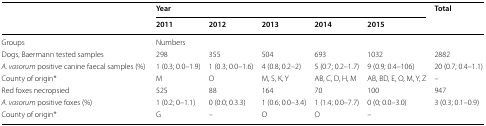
<table><thead><tr><td rowspan="2"></td><td colspan="5"><b>Year</b></td><td rowspan="2"><b>Total</b></td></tr><tr><td><b>2011</b></td><td><b>2012</b></td><td><b>2013</b></td><td><b>2014</b></td><td><b>2015</b></td></tr></thead><tbody><tr><td>Groups</td><td colspan="6">Numbers</td></tr><tr><td>Dogs, Baermann tested samples</td><td>298</td><td>355</td><td>504</td><td>693</td><td>1032</td><td>2882</td></tr><tr><td><i>A. vasorum</i> positive canine faecal samples (%)</td><td>1 (0.3; 0.0–1.9)</td><td>1 (0.3; 0.0–1.6)</td><td>4 (0.8; 0.2–2)</td><td>5 (0.7; 0.2–1.7)</td><td>9 (0.9; 0.4–106)</td><td>20 (0.7; 0.4–1.1)</td></tr><tr><td>County of origin*</td><td>M</td><td>O</td><td>M, S, K, Y</td><td>AB, C, D, H, M</td><td>AB, BD, E, O, M, Y, Z</td><td>–</td></tr><tr><td>Red foxes necropsied</td><td>525</td><td>88</td><td>164</td><td>70</td><td>100</td><td>947</td></tr><tr><td><i>A. vasorum</i> positive foxes (%)</td><td>1 (0.2; 0–1.1)</td><td>0 (0.0; 0.3.3)</td><td>1 (0.6; 0.0–3.4)</td><td>1 (1.4; 0.0–7.7)</td><td>0 (0; 0.0–3.0)</td><td>3 (0.3; 0.1–0.9)</td></tr><tr><td>County of origin*</td><td>G</td><td>–</td><td>O</td><td>O</td><td>–</td><td></td></tr></tbody></table>